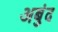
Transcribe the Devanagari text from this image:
अबुंद